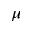
\mu